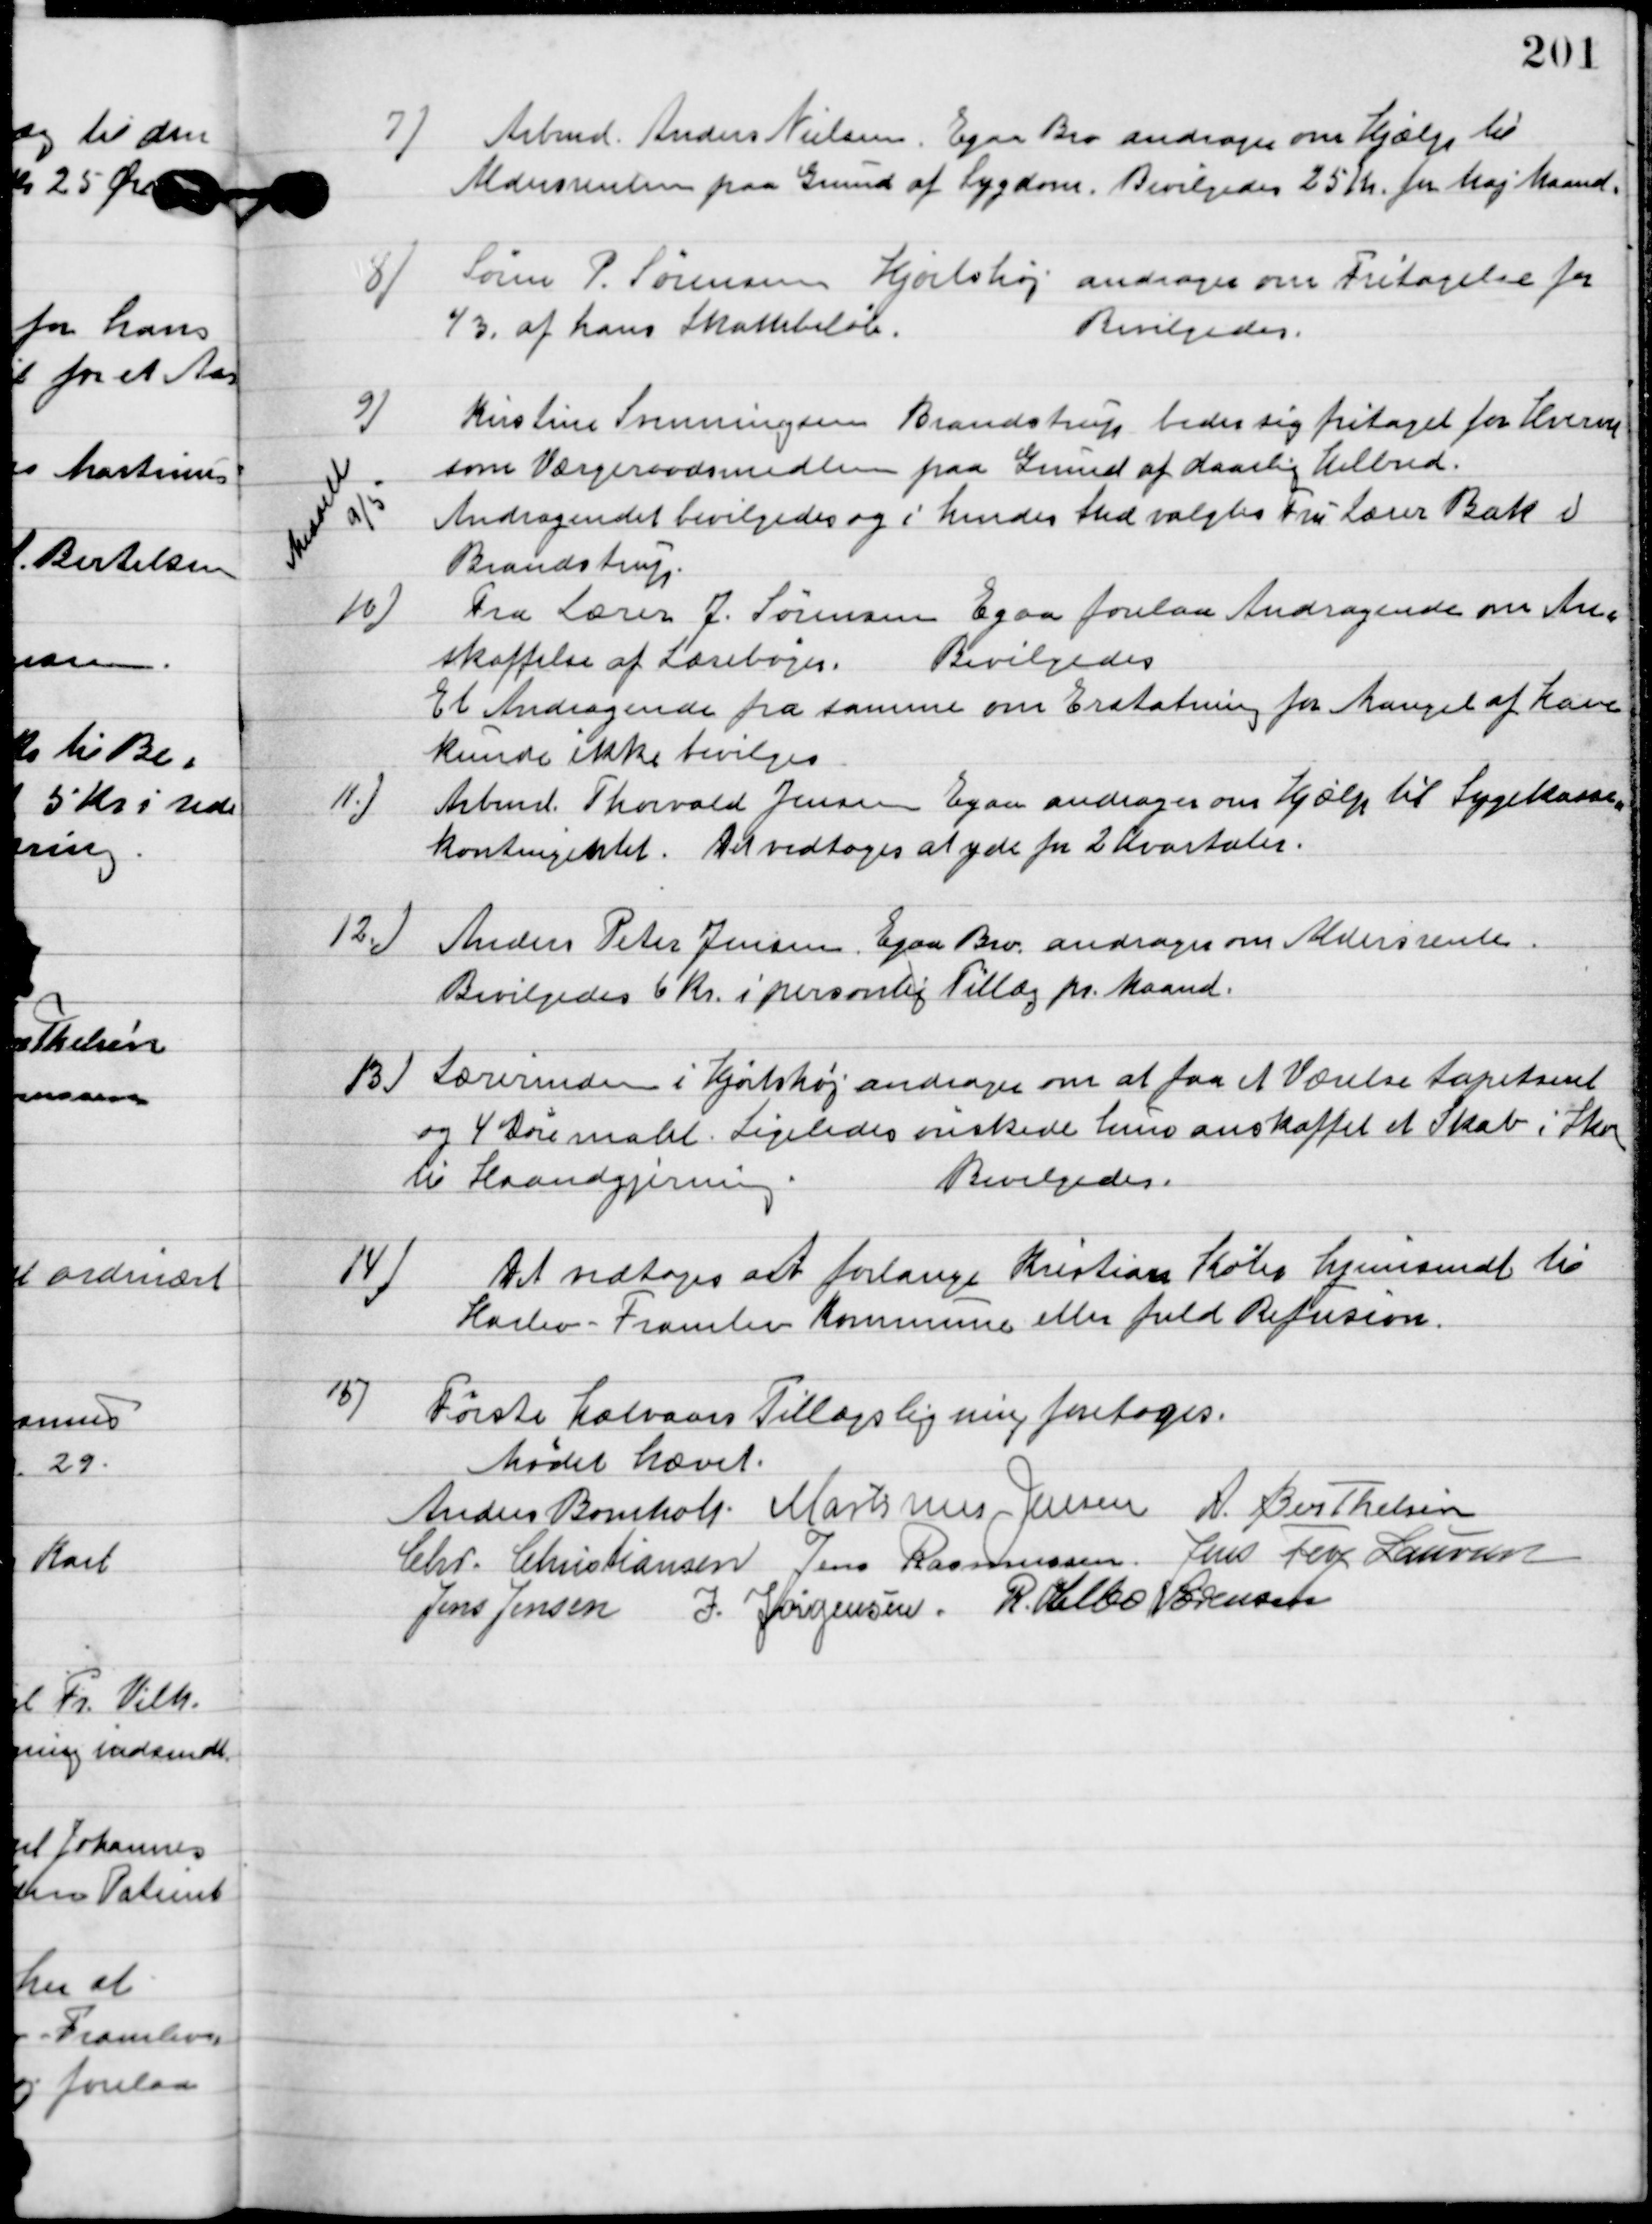
Transskription:
7

Arbmd. Anders Nielsen, Egaa Bro andragende om hjælp til
Aldersrenten paa Grund af sygdom. Bevilgedes 25 kr. fra Maj Maaned.

8

Søren P. Sørensen Hjortshøj andrager om Fritagelse fra
1/3 af hans Skattebeløb.
Bevilgedes.

9

Indsendt
9/5

Kristine Svenningsen Brandstrup beder sig fritaget for hvervet
som Værgeraadsmedlem paa Grund af daarlig helbred.
Andraget bevilliges og i hendes sted valgtes Fru lærer Bak v.
Brandstrup.

10

Fra Lærer J. Sørensen Egaa forelaa Andragende om An-
skaffelse af Lærer bøger.
Bevilgedes.
Et Andragende fra samme om erstatning for Mangel af have
Kunne ikke bevilges

11

Arbmd. Thorvald Jensen Egaa andrager om hjælp til Sygekasse-
kontingentet. Det vedtoges at yde for 2 Kvartaler.

12

Anders Peter Jensen, Egaa Bro andrager om Aldersrente.
Bevilgedes 6 kr. i personlig tillæg pr. maand.

13

Lærerinden i Hjortshøj andrager om at faa et Værelse tapetseret
og 4 Døre malet. Ligeledes ønskede hun anskaffet et Skab i Skolen
til Haandgjerning.
Bevilgedes.

14

Det modtoges et forlange Kristian Købs hjemsendt til
Harlev-Framlev kommune eller fuld refusion.

15

Første halvaars Tillægsligning foretoges.

Mødet hævet.

Anders Bomholt
Martinis Jensen
A. Berthelsen
Chr. Christiansen
Jens Rasmussen
Jens Terp Laursen
Jens Jensen
J. Jørgensen
R. Helbo Sørensen